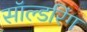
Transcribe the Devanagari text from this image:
सॉल्डरिंग